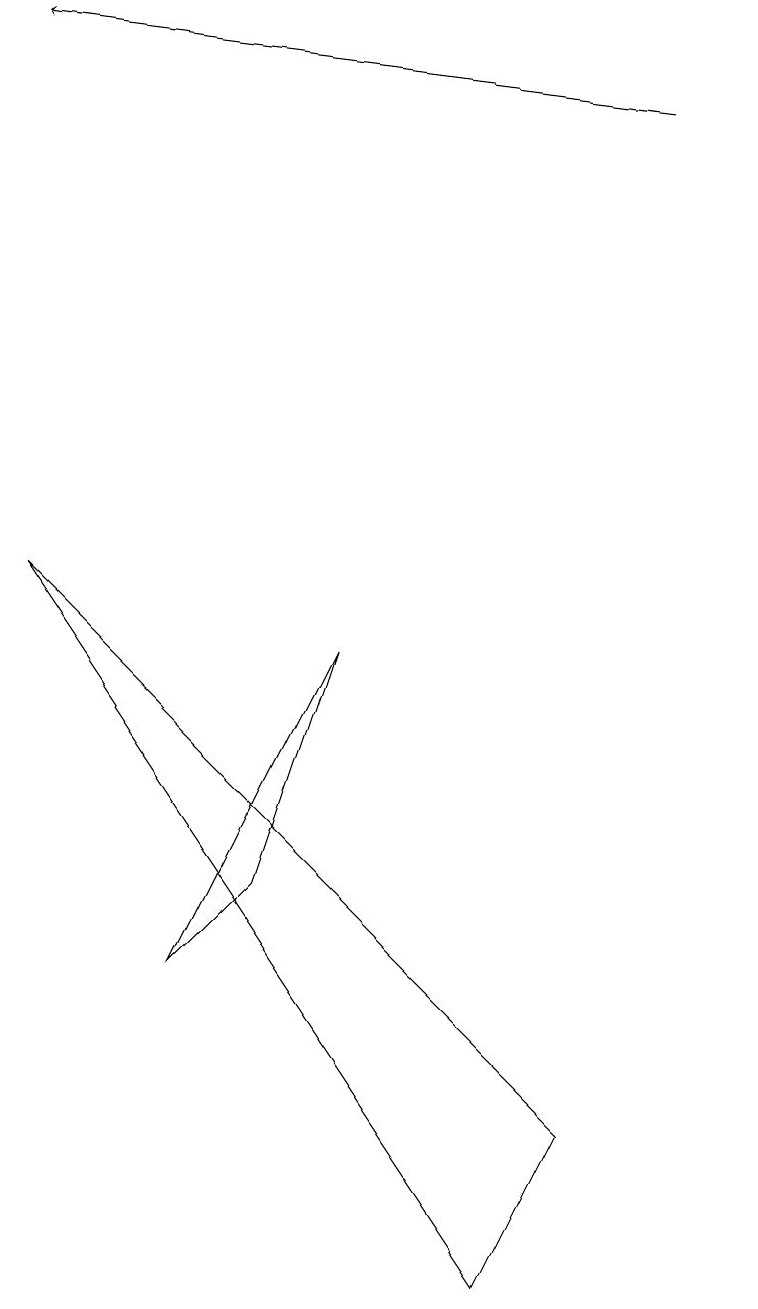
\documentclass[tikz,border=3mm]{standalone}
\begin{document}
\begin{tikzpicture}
\draw (4,8) -- (3,5) -- (2,4) -- cycle;
\draw (7,2) -- (6,0) -- (0,9) -- cycle;
\draw (9,15) rectangle (9,15);
\draw[->] (8,15) -- (0,16);
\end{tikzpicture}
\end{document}